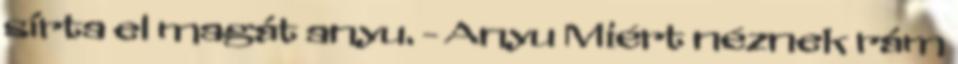
sírta el magát anyu. - Anyu Miért néznek rám